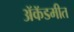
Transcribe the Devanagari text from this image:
ॲकॅडमीत